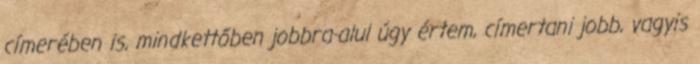
címerében is, mindkettőben jobbra-alul úgy értem, címertani jobb, vagyis